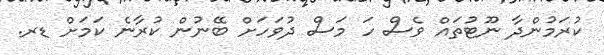
ކުރަމުންދާ ނޫޓުތައް ވެސް ހަ މަސް ދުވަހަށް ބޭނުން ކުރާނެ ކަމަށް ޑރ.